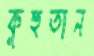
কুহুতান